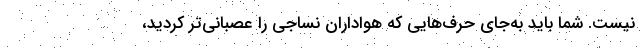
نیست. شما باید به‌جای حرف‌هایی که هواداران نساجی را عصبانی‌تر کردید،